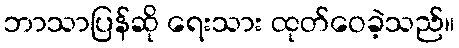
ဘာသာပြန်ဆို ရေးသား ထုတ်ဝေခဲ့သည်။